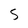
Character: S